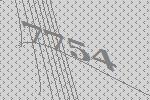
7754